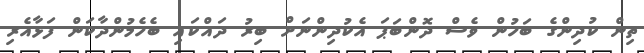
ތިން ކުދިންގެ ބަހުން ވެސް ދޮންބަޕަ އެކުދިންނަށް ބިރު ދައްކައި ބެހެމުންދާކަން ފަޅާއެރި